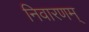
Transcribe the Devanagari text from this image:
निवारणम्